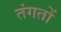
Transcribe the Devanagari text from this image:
तंगतों